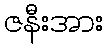
ဇနီးအား